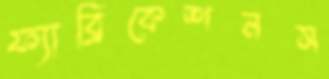
ফ্যাব্রিকেশনস